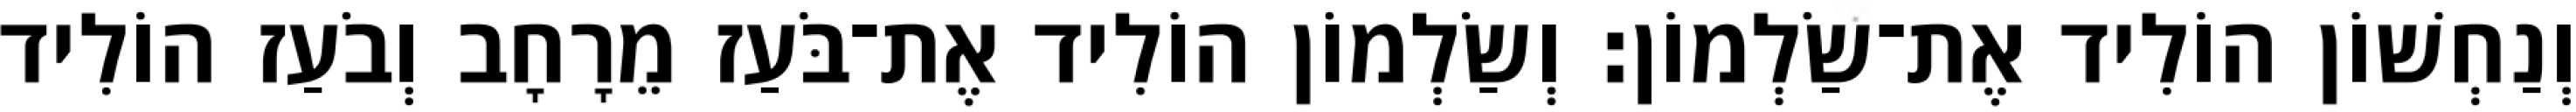
וְנַחְשׁוֹן הוֹלִיד אֶת־שַׂלְמוֹן׃ וְשַׂלְמוֹן הוֹלִיד אֶת־בֹּעַז מֵרָחָב וְבֹעַז הוֹלִיד